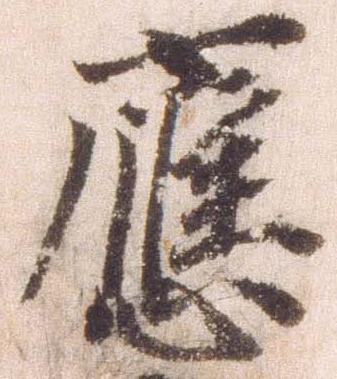
応